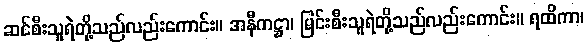
ဆင်စီးသူရဲတို့သည်လည်းကောင်း။ အနီကဋ္ဌာ၊ မြင်းစီးသူရဲတို့သည်လည်းကောင်း။ ရထိကာ၊